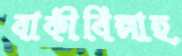
বাকীবিল্লাহ